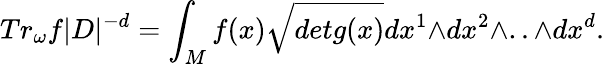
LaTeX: Tr_{\omega}f|D|^{-d}=\int_{M}f(x)\sqrt{detg(x)}dx^{1}{\wedge}dx^{2}{\wedge}..{\wedge}dx^{d}.